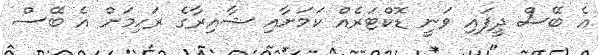
އެ ބޭސް ދީފައި ވަނީ ޑޮކްޓަރެއް ކަމަށާއި ޝާއިރާގެ ރަހިމަށް އެ ބޭސް